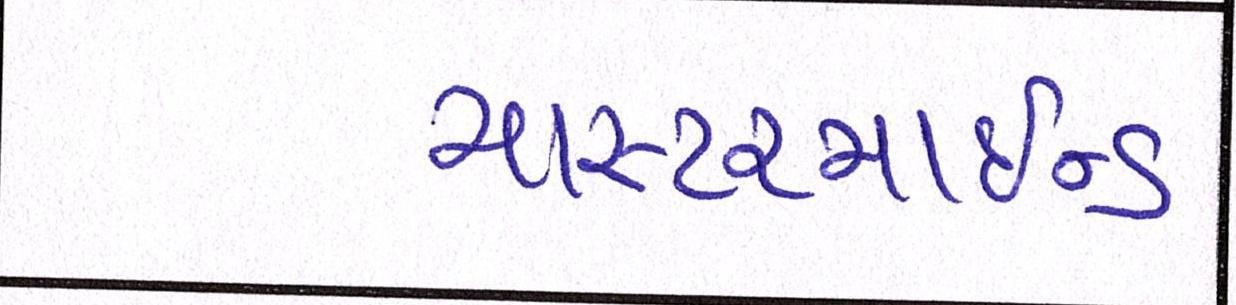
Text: માસ્ટરમાઈન્ડ